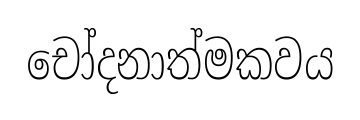
චෝදනාත්මකවය